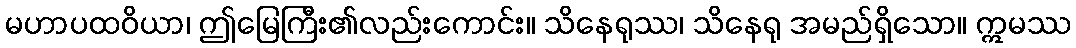
မဟာပထဝိယာ၊ ဤမြေကြီး၏လည်းကောင်း။ သိနေရုဿ၊ သိနေရု အမည်ရှိသော။ ဣမဿ